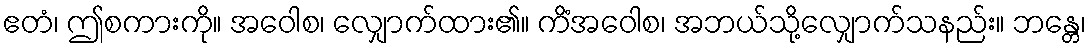
ဧတံ၊ ဤစကားကို။ အဝေါစ၊ လျှောက်ထား၏။ ကိံအဝေါစ၊ အဘယ်သို့လျှောက်သနည်း။ ဘန္တေ၊